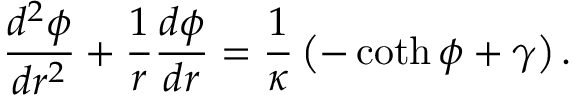
\frac { d ^ { 2 } \phi } { d r ^ { 2 } } + \frac { 1 } { r } \frac { d \phi } { d r } = \frac { 1 } { \kappa } \left( - \coth \phi + \gamma \right) .